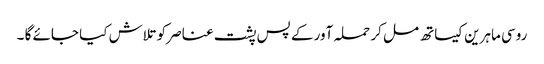
روسی ماہرین کیساتھ مل کر حملہ آور کے پس پشت عناصر کو تلاش کیا جائے گا ۔